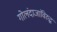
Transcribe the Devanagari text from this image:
गोलंदाजांविरुद्ध